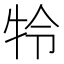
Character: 㸳